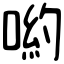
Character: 喲